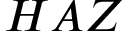
H A Z